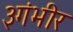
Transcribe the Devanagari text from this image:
३गंभीर